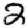
Digit: 2